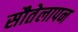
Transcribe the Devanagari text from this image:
सौतेलापन